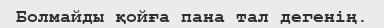
Болмайды қойға пана тал дегенiң.